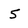
Character: 5